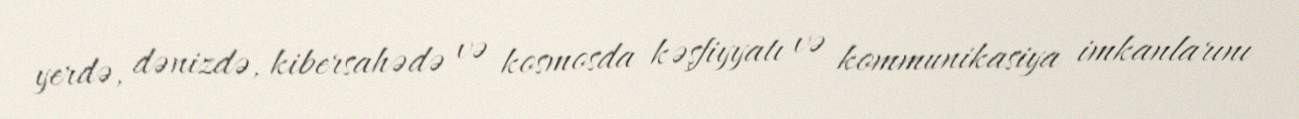
yerdə, dənizdə, kibersahədə və kosmosda kəşfiyyatı və kommunikasiya imkanlarını